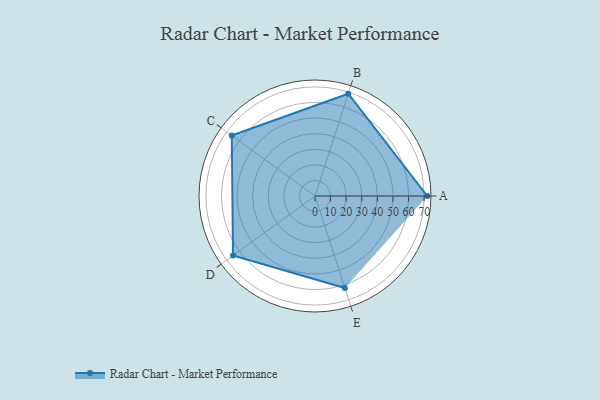
{"axis": {"x": "Skill", "y": "Score"}, "legend": ["Profile"], "data": [{"x": "A", "y": 72.0, "type": "Profile"}, {"x": "B", "y": 69.0, "type": "Profile"}, {"x": "C", "y": 66.0, "type": "Profile"}, {"x": "D", "y": 65.0, "type": "Profile"}, {"x": "E", "y": 62.0, "type": "Profile"}]}